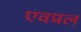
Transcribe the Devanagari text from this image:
एवप्रल